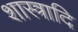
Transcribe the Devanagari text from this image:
शास्त्रादि